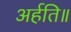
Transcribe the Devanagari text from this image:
अर्हति॥